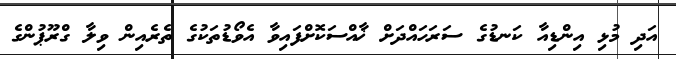
އަދި މުޅި އިންޑިއާ ކަނޑުގެ ސަރަހައްދަށް ޚާއްސަކޮށްފައިވާ އެވޯޑުތަކުގެ ތެރެއިން ވިލާ ގްރޫޕުންގެ